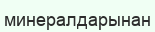
минералдарынан